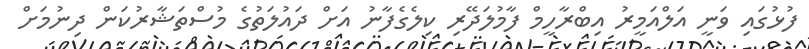
ފުޅުގައި ވަނީ އަލްއަމީރު އިބްރާހީމް ފާމުލަދޭރި ކިލެގެފާނު އަށް ދައުލަތުގެ މުސްތަޝާރުކަން ދިނުމަށް